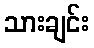
သားချင်း